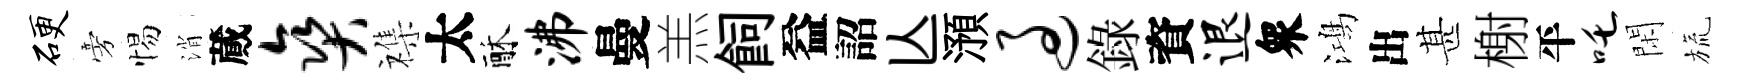
硬旁惕消蕆爽襍太酥沸曼羔飼益詔亾澦过錄資退衆鴻出甚榭平吒閑旒